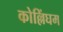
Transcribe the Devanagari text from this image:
कोल्लिंघम